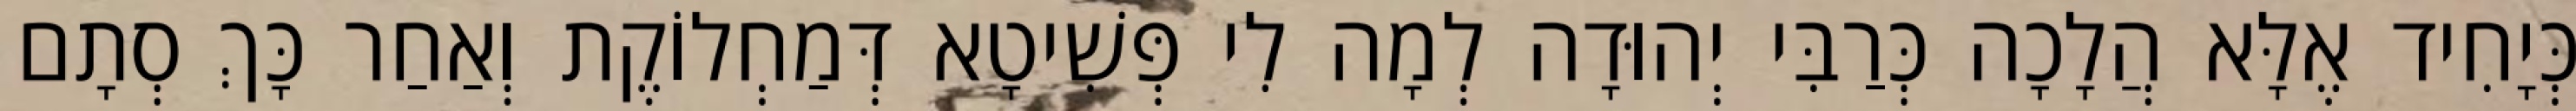
כְּיָחִיד אֶלָּא הֲלָכָה כְּרַבִּי יְהוּדָה לְמָה לִי פְּשִׁיטָא דְּמַחְלוֹקֶת וְאַחַר כָּךְ סְתָם